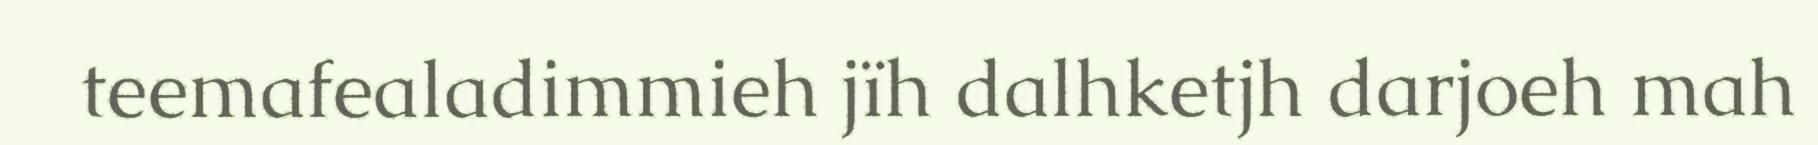
teemafealadimmieh jïh dalhketjh darjoeh mah